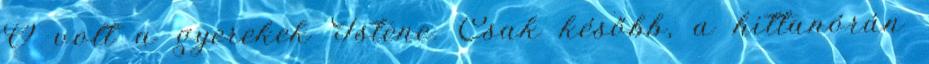
Ő volt a gyerekek Istene. Csak később, a hittanórán